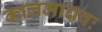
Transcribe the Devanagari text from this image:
कालमाधवः